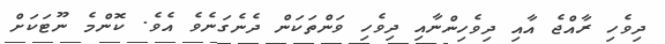
ދިވެހި ރާއްޖެ އާއި ދިވެހިންނާއި ދިވެހި ވަންތަކަން ދެނެގަނެވެ އެވެ. ކޮންމެ ނޫޓަކަށް